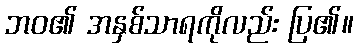
ဘဝ၏ အနှစ်သာရကိုလည်း ပြ၏။